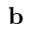
\mathbf { b }